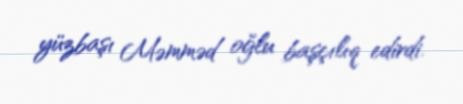
yüzbaşı Məmməd oğlu başçılıq edirdi.